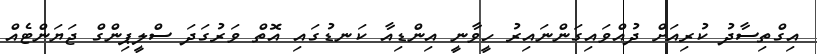
އިގްތިސާދު ކުރިއަށް ދުއްވައިގަންނައިރު ހީވާނީ އިންޑިއާ ކަނޑުގައި އޮތް ވަރުގަދަ ސްލީޕިންގް ޖަޔަންޓެއް